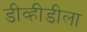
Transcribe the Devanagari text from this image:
डीव्हीडीला